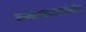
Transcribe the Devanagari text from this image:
कळवळ्यापोटीच